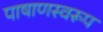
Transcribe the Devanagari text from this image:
पाषाणस्वरूप